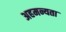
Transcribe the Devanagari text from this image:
अहमन्यता